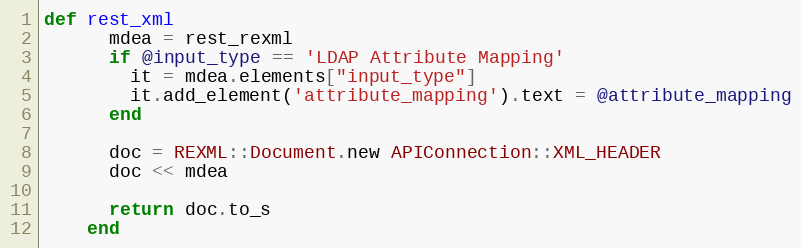
Language: Ruby
def rest_xml
      mdea = rest_rexml
      if @input_type == 'LDAP Attribute Mapping'
        it = mdea.elements["input_type"]
        it.add_element('attribute_mapping').text = @attribute_mapping
      end

      doc = REXML::Document.new APIConnection::XML_HEADER
      doc << mdea

      return doc.to_s
    end